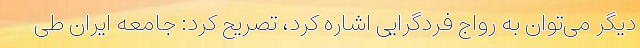
دیگر می‌توان به رواج فردگرایی اشاره کرد، تصریح کرد: جامعه ایران طی